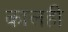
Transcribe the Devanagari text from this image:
कालही